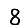
Digit: 8